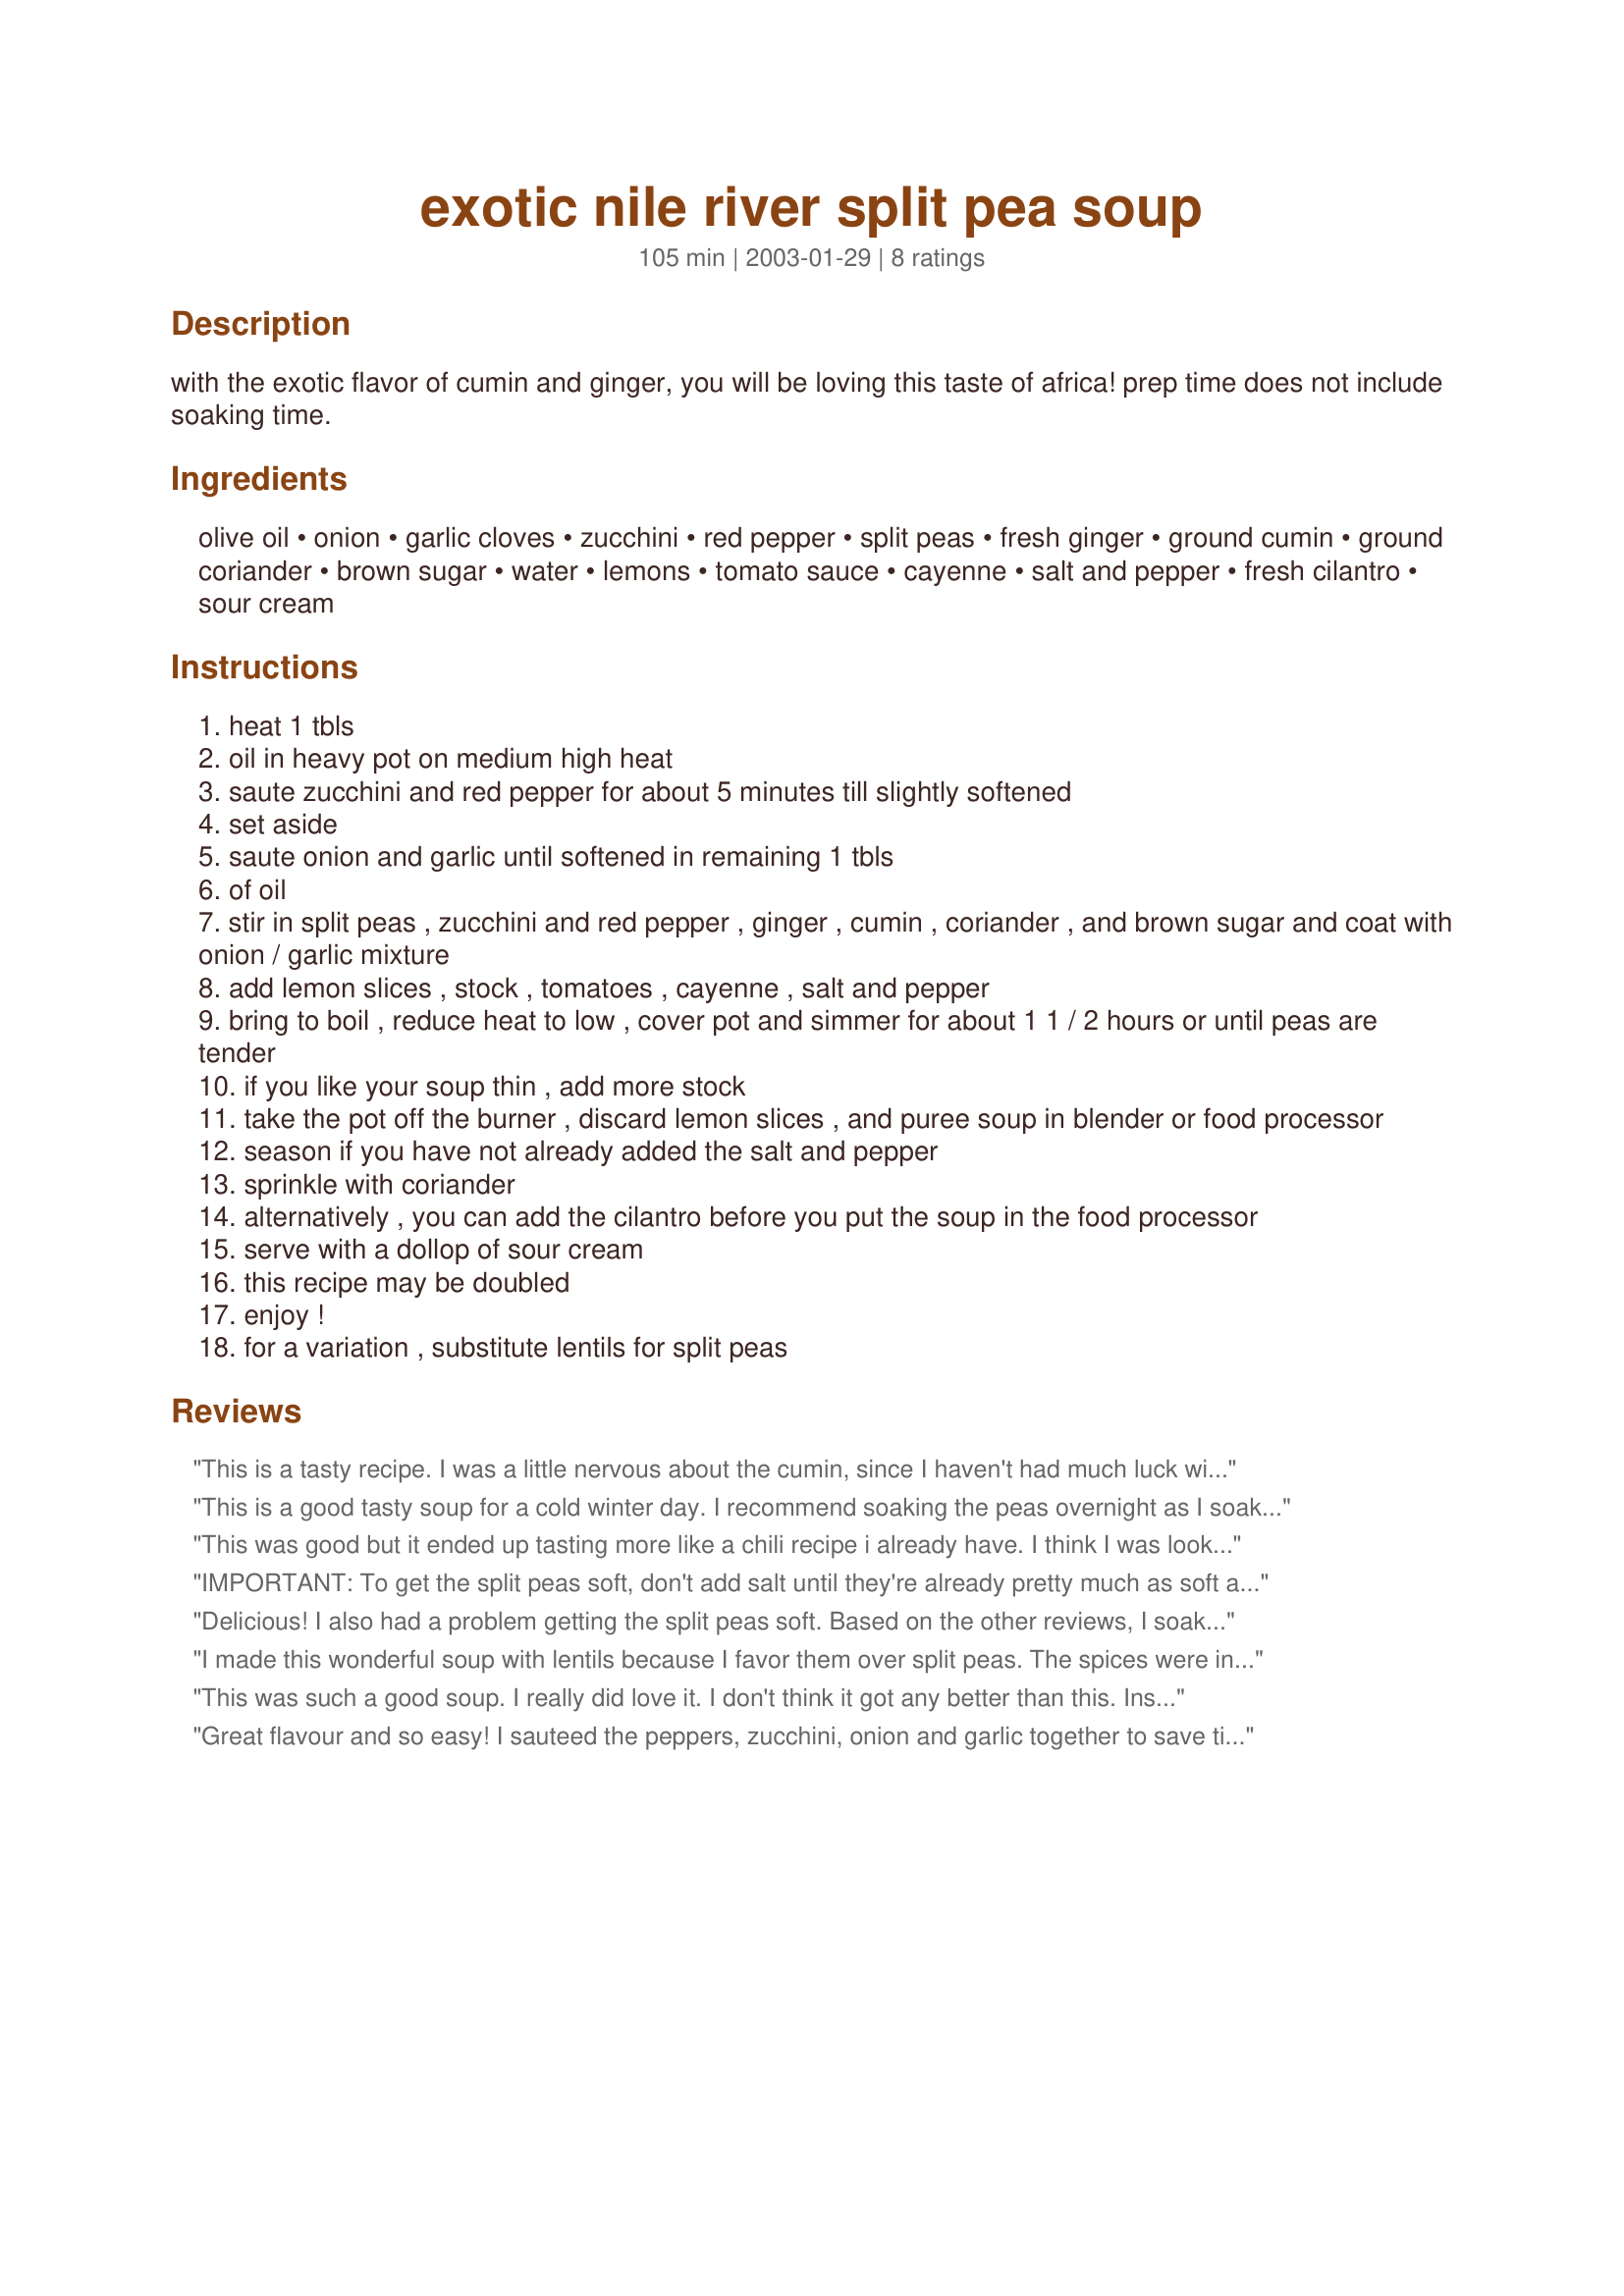
exotic nile river split pea soup
Preparation time: 105 minutes

with the exotic flavor of cumin and ginger, you will be loving this taste of africa! prep time does not include soaking time.

Ingredients:
olive oil, onion, garlic cloves, zucchini, red pepper, split peas, fresh ginger, ground cumin, ground coriander, brown sugar, water, lemons, tomato sauce, cayenne, salt and pepper, fresh cilantro, sour cream

Steps:
heat 1 tbls
oil in heavy pot on medium high heat
saute zucchini and red pepper for about 5 minutes till slightly softened
set aside
saute onion and garlic until softened in remaining 1 tbls
of oil
stir in split peas , zucchini and red pepper , ginger , cumin , coriander , and brown sugar and coat with onion / garlic mixture
add lemon slices , stock , tomatoes , cayenne , salt and pepper
bring to boil , reduce heat to low , cover pot and simmer for about 1 1 / 2 hours or until peas are tender
if you like your soup thin , add more stock
take the pot off the burner , discard lemon slices , and puree soup in blender or food processor
season if you have not already added the salt and pepper
sprinkle with coriander
alternatively , you can add the cilantro before you put the soup in the food processor
serve with a dollop of sour cream
this recipe may be doubled
enjoy !
for a variation , substitute lentils for split peas

Reviews:
This is a tasty recipe. I was a little nervous about the cumin, since I haven't had much luck with it in other recipes, there was no need... This is a great way to sneek in some zucchini with those picky eaters!
This is a good tasty soup for a cold winter day. I recommend soaking the peas overnight as I soaked them for 4 hours & it still required over 2 hours of simmering for them to become tender. I didn't have cilantro so I substituted with parsley.
This was good but it ended up tasting more like a chili recipe i already have. I think I was looking for something a little more exotic. Thank you for sharing.
IMPORTANT: To get the split peas soft, don't add salt until they're already pretty much as soft as you want them. That also applies to stock powder since that contains salt. An easy way is to start cooking legumes (remember to toss out the soaking water and cook in fresh water), then start on the other ingredients & cook in a separate pot. Add the split peas when soft. Then cook for a bit more to ensure the salt mixes through.

Now the review:
Great flavors. I used seasonal veg (sweet potato and Japanese pumpkin aka Japanese squash) which were sweet enough that I didn't feel the need for the sugar. I was more generous with the spices and much more generous with the oil (extra virgin olive oil is great stuff). I doubt that many Mediterranean or Middle Eastern cooks would measure out the oil, let alone a mere 2 tablespoons!

I also used yoghurt instead of sour cream, because that's what I had - but it would have been even nicer with sour cream.
Delicious! I also had a problem getting the split peas soft. Based on the other reviews, I soaked them for 15 hours and allowed over 2 hours for simmering, and still they had a slight crunch to them by the time we gave up and ate. Could the acids in the recipe be affecting the cooking time? I didn't think it's because I had "old" split peas, because I've cooked them into mush in the crockpot in only 5 hours. (I used 2 tsp lemon juice and pattypan squash instead of the lemon slices and zucchini.)
I made this wonderful soup with lentils because I favor them over split peas. The spices were indeed enticing and made this soup out of the ordinary. I used some organic chicken broth because that's what I had on hand, and it added another layer of flavor to the soup that I liked. We loved this recipe.
This was such a good soup. I really did love it. I don't think it got any better than this. Instead of chopping the cilantro on its own I blended it with the soup. I also used fresh tomatoes (pureed of course), which was a nice way of adding it to the soup. I also kept it thick.
Great flavour and so easy! I sauteed the peppers, zucchini, onion and garlic together to save time. It reminded me of the flavours I enjoyed when traveling in Morocco and Egypt. My only concern is cooking time: I soaked the yellow split peas for nearly twenty-four hours but they were still somewhat tough after simmering in the soup for ninety minutes. Definitely factor in extra simmering time when planning to make this great soup. Yummmm!
